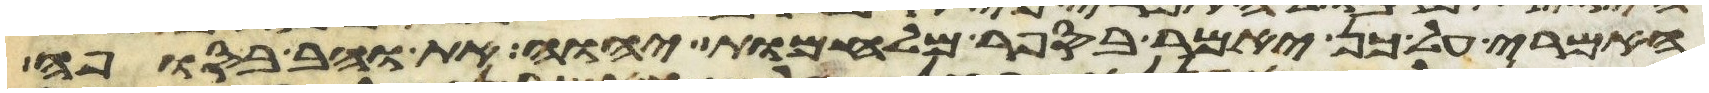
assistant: האמרי על כן יאמר בספר מלחמות יהוה את והב בסופה